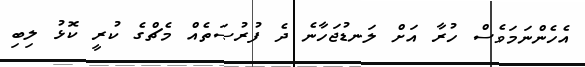
އެހެންނަމަވެސް ހުރާ އަށް ލަނޑުޖަހާނެ ދެ ފުރުޞަތެއް މެޗްގެ ކުރީ ކޮޅު ލިބި